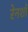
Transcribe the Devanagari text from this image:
रेनशॉ